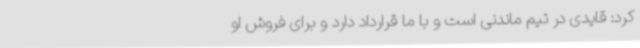
کرد: قایدی در تیم ماندنی است و با ما قرارداد دارد و برای فروش او